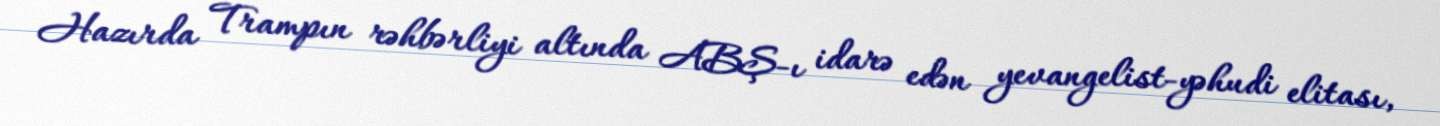
Hazırda Trampın rəhbərliyi altında ABŞ-ı idarə edən yevangelist-yəhudi elitası,